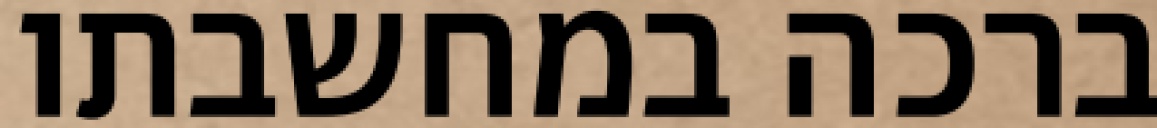
ברכה במחשבתו